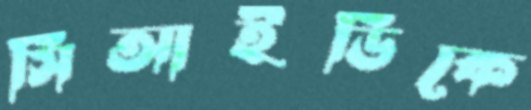
সিআইডিকে